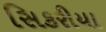
સિકરીયા